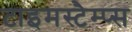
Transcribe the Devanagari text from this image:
टाइमस्टैम्प्स